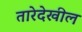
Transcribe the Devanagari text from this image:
तारेदेखील